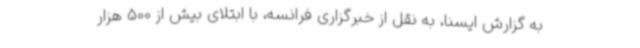
به گزارش ایسنا، به نقل از خبرگزاری فرانسه، با ابتلای بیش از 500 هزار